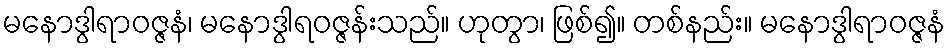
မနောဒွါရာဝဇ္ဇနံ၊ မနောဒွါရဝဇ္ဇန်းသည်။ ဟုတွာ၊ ဖြစ်၍။ တစ်နည်း။ မနောဒွါရာဝဇ္ဇနံ